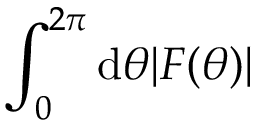
\int _ { 0 } ^ { 2 \pi } \mathrm { d } \theta | F ( \theta ) |